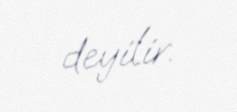
deyilir.